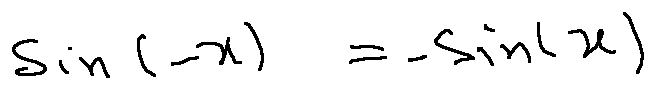
\sin ( - x ) = - \sin ( x )